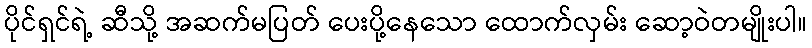
ပိုင်ရှင်ရဲ့ ဆီသို့ အဆက်မပြတ် ပေးပို့နေသော ထောက်လှမ်း ဆော့ဝဲတမျိုးပါ။